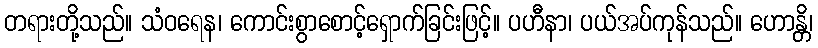
တရားတို့သည်။ သံဝရေန၊ ကောင်းစွာစောင့်ရှောက်ခြင်းဖြင့်။ ပဟီနာ၊ ပယ်အပ်ကုန်သည်။ ဟောန္တိ၊